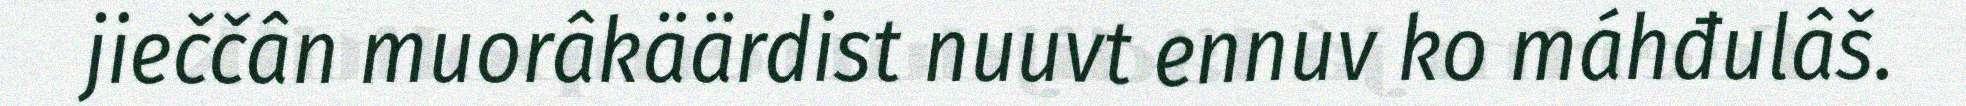
jieččân muorâkäärdist nuuvt ennuv ko máhđulâš.